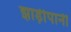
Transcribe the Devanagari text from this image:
झाड़ीपानी